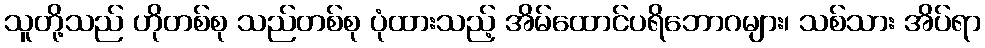
သူတို့သည် ဟိုတစ်စု သည်တစ်စု ပုံထားသည့် အိမ်ထောင်ပရိဘောဂများ၊ သစ်သား အိပ်ရာ